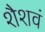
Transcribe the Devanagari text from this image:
शैशवं